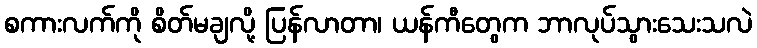
စကားလက်ကို စိတ်မချလို့ ပြန်လာတာ၊ ယန်ကီတွေက ဘာလုပ်သွားသေးသလဲ